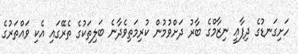
ހަށިގަނޑުގެ ދިފާޢީ ނިޒާމްގެ ބާރު ދަށްވުމުން ކުރިމަތިވެދާނެ ބަލިތަކުގެ ތެރޭގައި އެކި ވައްތަރުގެ